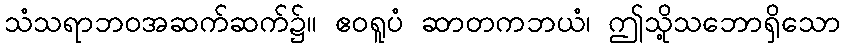
သံသရာဘဝအဆက်ဆက်၌။ ဧဝရူပံ ဆာတကဘယံ၊ ဤသို့သဘောရှိသော